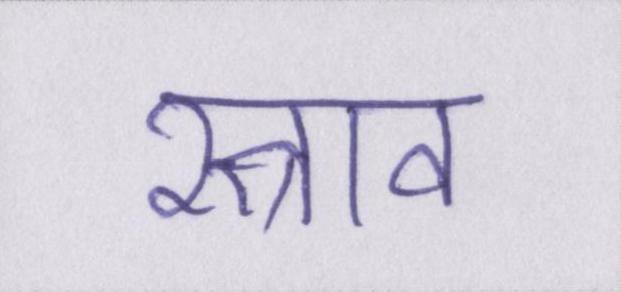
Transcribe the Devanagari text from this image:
स्त्राव